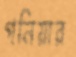
গনিয়ার